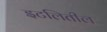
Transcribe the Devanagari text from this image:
इटलितील